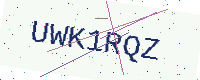
Text: UWK1RQZ